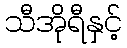
သီအိုရီနှင့်